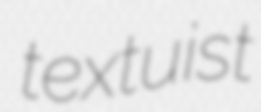
textuist